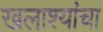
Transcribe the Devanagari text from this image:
खलाश्यांचा